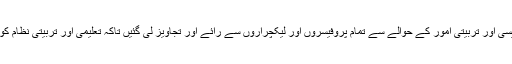
اس میٹنگ میں کالج میں تدریسی اور تربیتی امور کے حوالے سے تمام پروفیسروں اور لیکچراروں سے رائے اور تجاویز لی گئیں تاکہ تعلیمی اور تربیتی نظام کو بہتر سے بہتر بنایا جاسکے۔